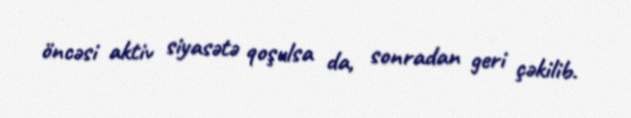
öncəsi aktiv siyasətə qoşulsa da, sonradan geri çəkilib.